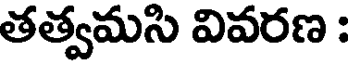
తత్వమసి వివరణ :